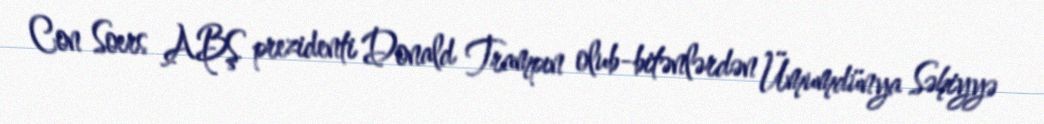
Con Soers ABŞ prezidenti Donald Trampın olub-bitənlərdən Ümumdünya Səhiyyə